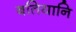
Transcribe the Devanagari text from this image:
बतियानि